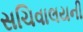
સચિવાલયની